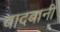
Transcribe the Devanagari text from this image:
बादबानी